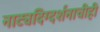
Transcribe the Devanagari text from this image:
नाट्यदिग्दर्शनाचीही